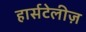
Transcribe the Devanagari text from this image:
हार्सटेलीज़